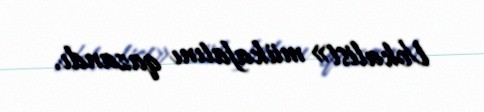
Vokalist» mükafatını qazandı.